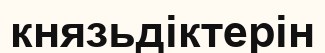
князьдіктерін